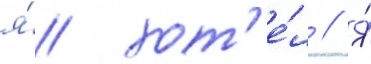
я́ хот'е́л // Я́